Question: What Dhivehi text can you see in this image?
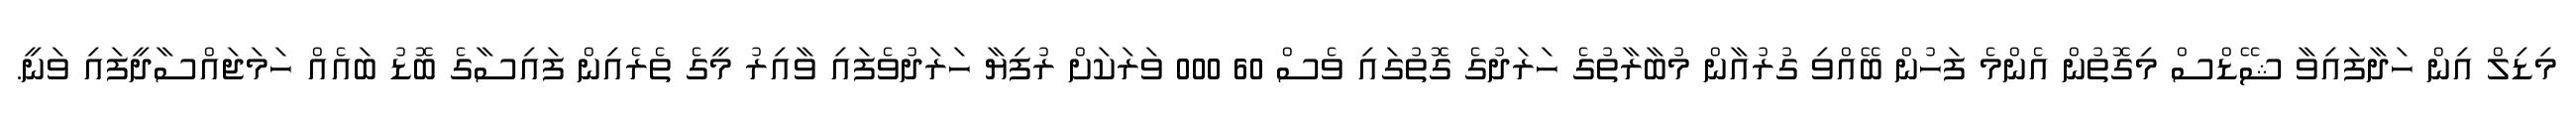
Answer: މިޑިލް އިން ހަދާފައިވާ ޝޭޑްސް މިގޮތުން އެންމެ ފަހުން ބޭއްވި ގުރުއާން މުބާރާތުގެ ހަރަދުގެ ގޮތުގައި ވެސް 60 000 ވަރަކަށް ރުފިޔާ ހަރަދުވެފައި ވާއިރު މީގެ ތެރެއިން ފައިސާގެ ބޮޑު ބައެއް ހަމަޖައްސާދީފައި ވަނީ.